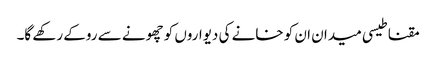
مقناطیسی میدان ان کو خانے کی دیواروں کو چھونے سے روکے رکھے گا۔